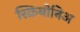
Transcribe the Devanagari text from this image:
स्क्रिबोनिअ